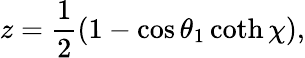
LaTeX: z=\frac{1}{2}(1-\cos\theta_{1}\coth\chi),